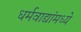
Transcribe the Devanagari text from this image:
धर्मवाद्यांमध्ये